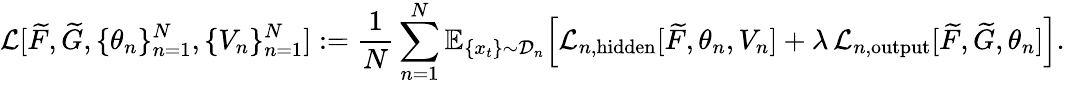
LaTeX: \mathcal{L}[\widetilde{F},\widetilde{G},\{ \theta_{n}\} _{n=1}^{N},\{ V_{n}\} _{n=1}^{N}]:=\frac{1}{N}\sum_{n=1}^{N}\mathbb{E}_{\{ x_{t}\} \sim\mathcal{D}_{n}}\! \left[\mathcal{L}_{n,\mathrm{hidden}}[\widetilde{F},\theta_{n},V_{n}]+\lambda\, \mathcal{L}_{n,\mathrm{output}}[\widetilde{F},\widetilde{G},\theta_{n}]\right].